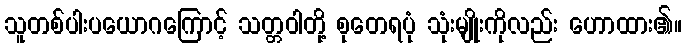
သူတစ်ပါးပယောဂကြောင့် သတ္တဝါတို့ စုတေရပုံ သုံးမျိုးကိုလည်း ဟောထား၏။